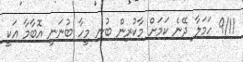
9/11 ހަމަލާ ދޭނެ ކަމަށް މާކުރިން ބުނި މީހާ ބުނަނީ އޮބާމާ އަކީ